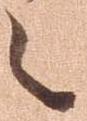
之